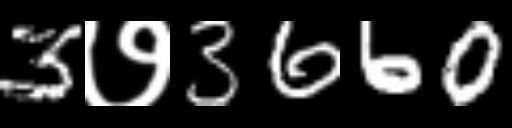
Text: 3७3660